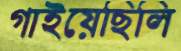
গাইয়েছিলি